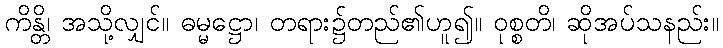
ကိန္တိ၊ အသို့လျှင်။ ဓမ္မဋ္ဌော၊ တရား၌တည်၏ဟူ၍။ ဝုစ္စတိ၊ ဆိုအပ်သနည်း။